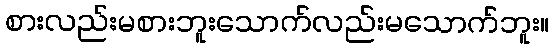
စားလည်းမစားဘူးသောက်လည်းမသောက်ဘူး။